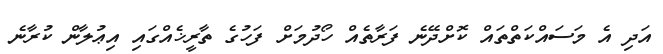
އަދި އެ މަސައްކަތްތައް ކޮށްދޭނެ ފަރާތެއް ހޯދުމަށް ފަހުގެ ތާރީޚެއްގައި އިޢުލާން ކުރާނެ